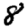
Digit: 8